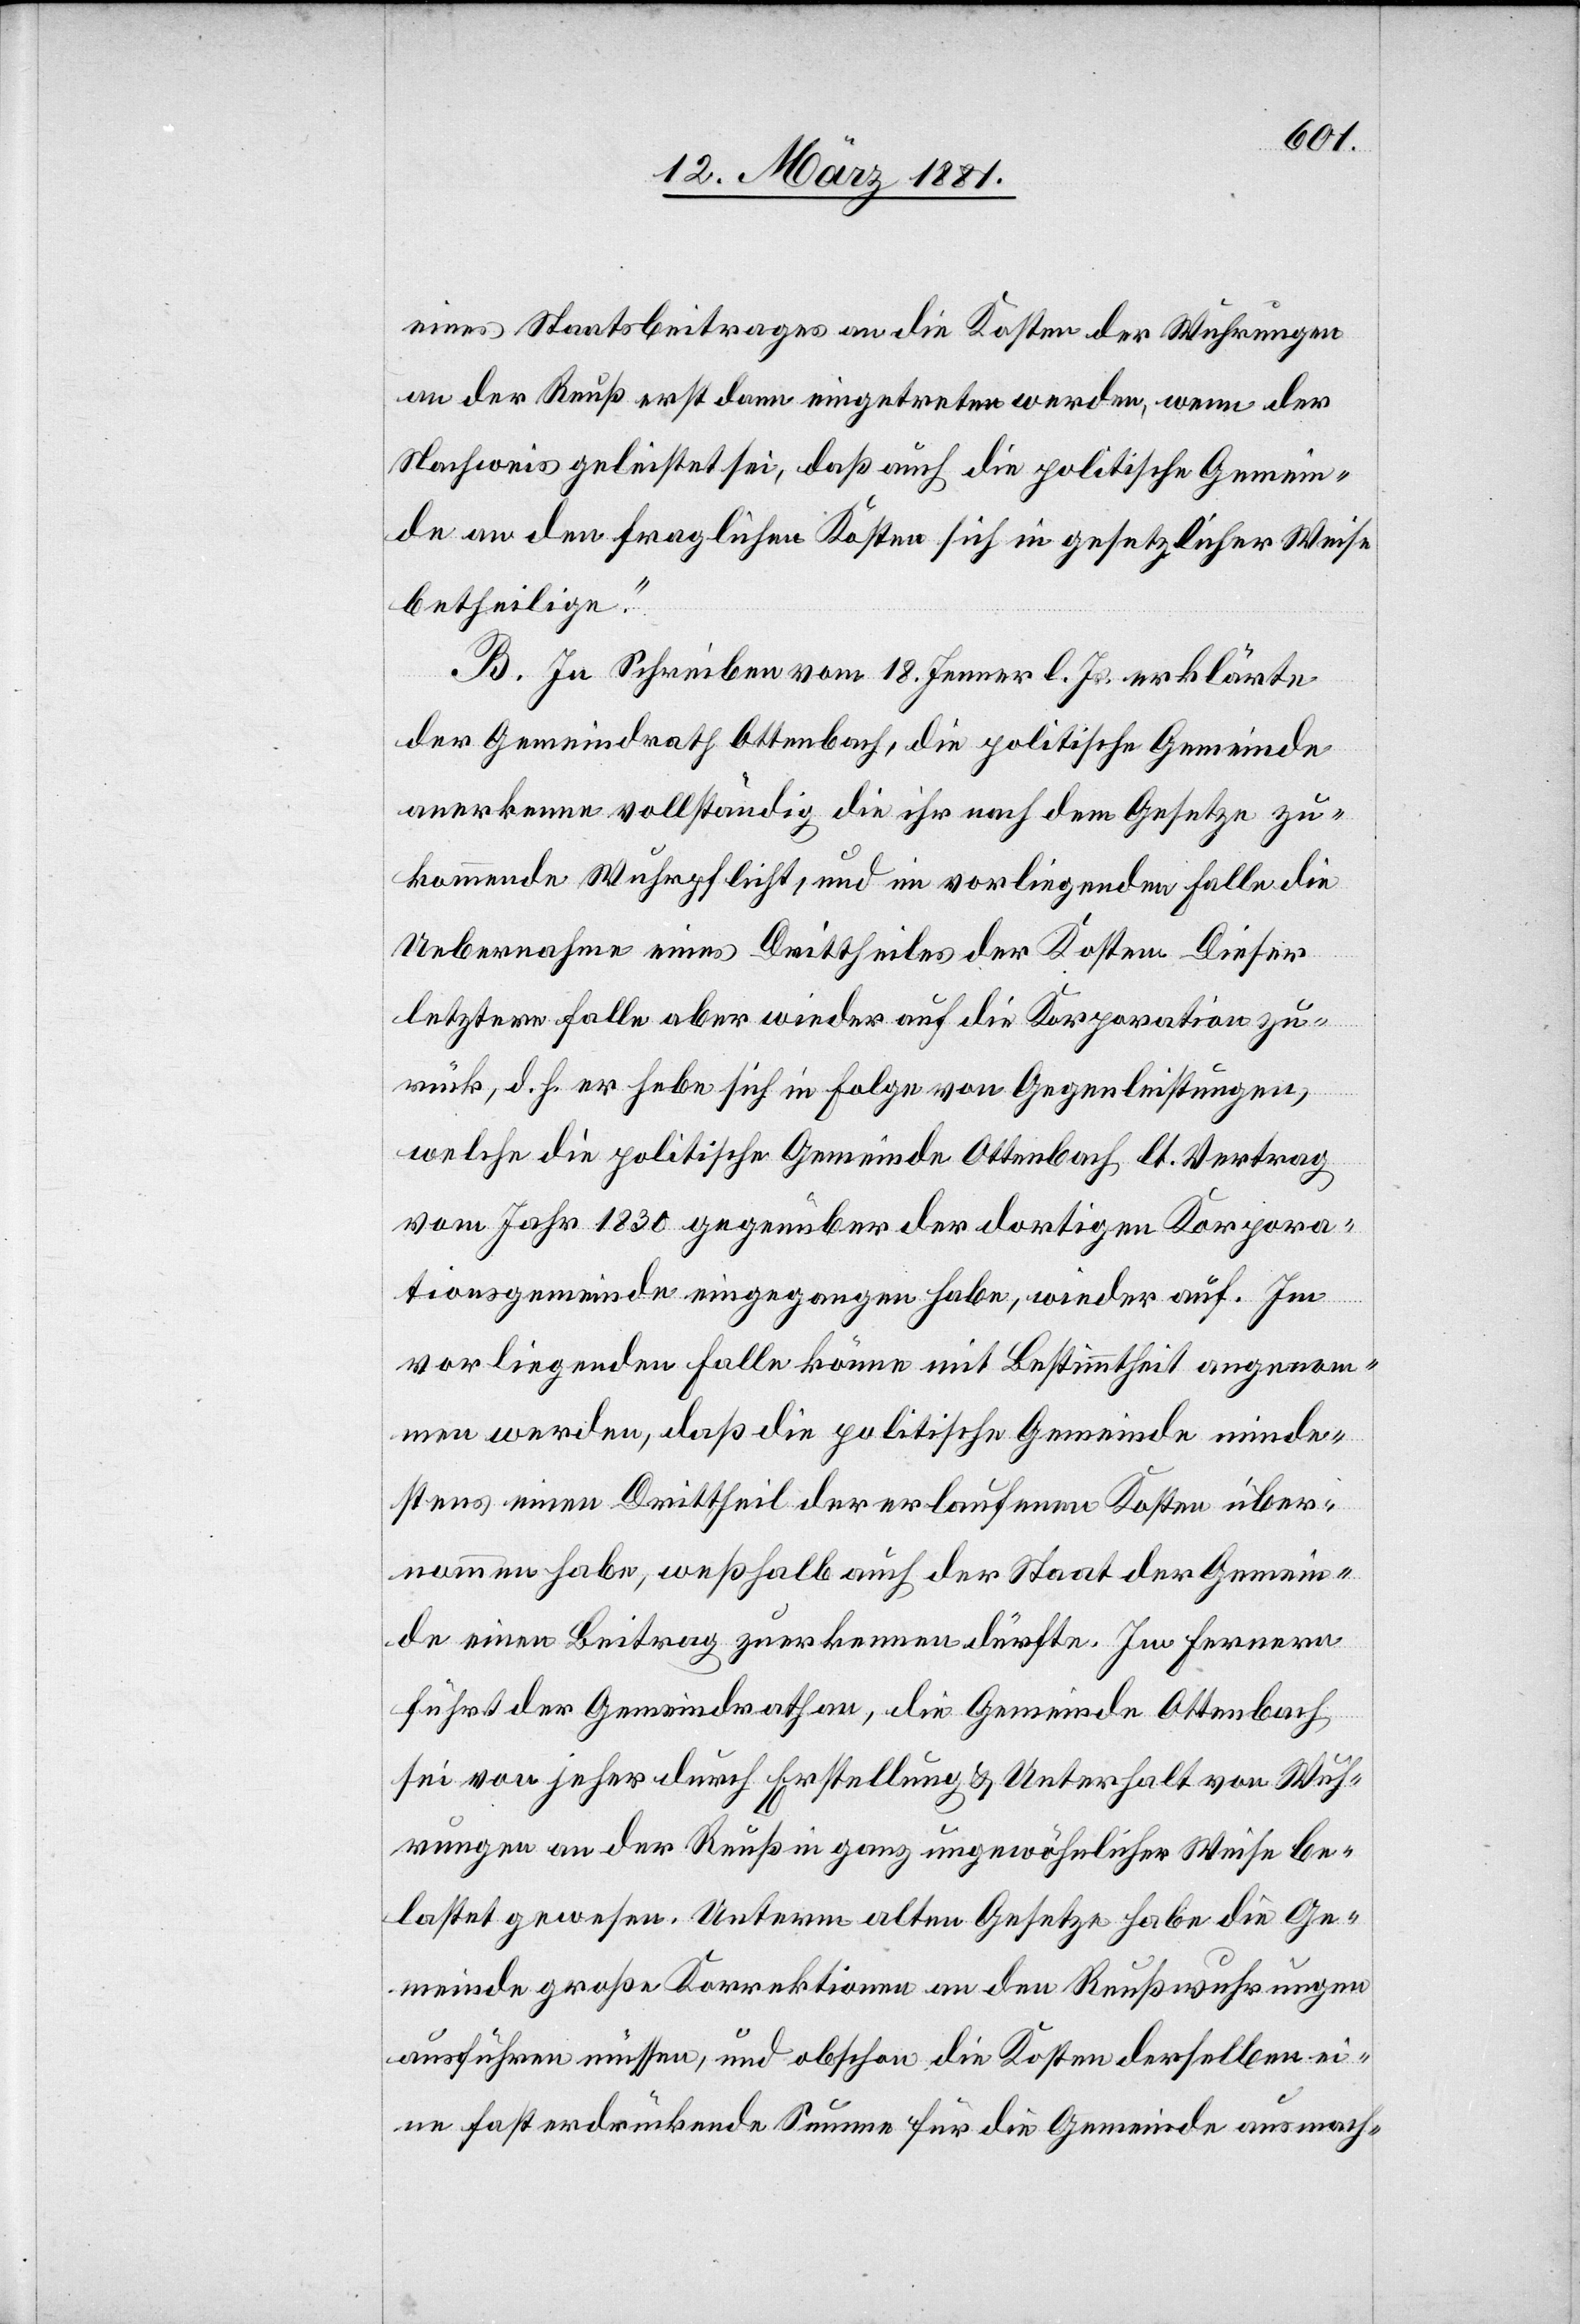
eines Staatsbeitrages an die Kosten der Wuhrungen
an der Reuß erst dann eingetreten werden, wenn der
Nachweis geleistet sei, daß auch die politische Gemein¬
de an den fraglichen Kosten sich in gesetzlicher Weise
betheilige.“
B. In Schreiben vom 18. Jenner l. Js. erklärte
der Gemeindrath Ottenbach, die politische Gemeinde
anerkenne vollständig die ihr nach dem Gesetze zu¬
kommende Wuhrpflicht, und im vorliegenden Falle die
Uebernahme eines Drittheiles der Kosten. Dieser
letztere falle aber wieder auf die Korporation zu¬
rück, d. h. er hebe sich in Folge von Gegenleistungen,
welche die politische Gemeinde Ottenbach lt. Vertrag
vom Jahr 1830 gegenüber der dortigen Korpora¬
tionsgemeinde eingegangen habe, wieder auf. Im
vorliegenden Falle könne mit Bestimmtheit angenom¬
men werden, daß die politische Gemeinde minde¬
stens einen Drittheil der erlaufenen Kosten über¬
nommen habe, weßhalb auch der Staat der Gemein¬
de einen Beitrag zuerkennen dürfte. Im Fernern
führt der Gemeindrath an, die Gemeinde Ottenbach
sei von jeher durch Erstellung & Unterhalt von Wuh¬
rungen an der Reuß in ganz ungewöhnlicher Weise be¬
lastet gewesen. Unterm alten Gesetze habe die Ge¬
meinde große Korrektionen an den Reußwuhrungen
ausführen müssen, und obschon die Kosten derselben ei¬
ne fast erdrückende Summe für die Gemeinde ausmach-